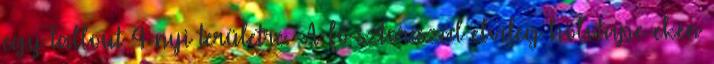
egy Fallout 4-nyi területre. -A fő sztoriszál elvileg holotape-eken